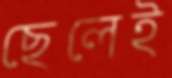
ছেলেই